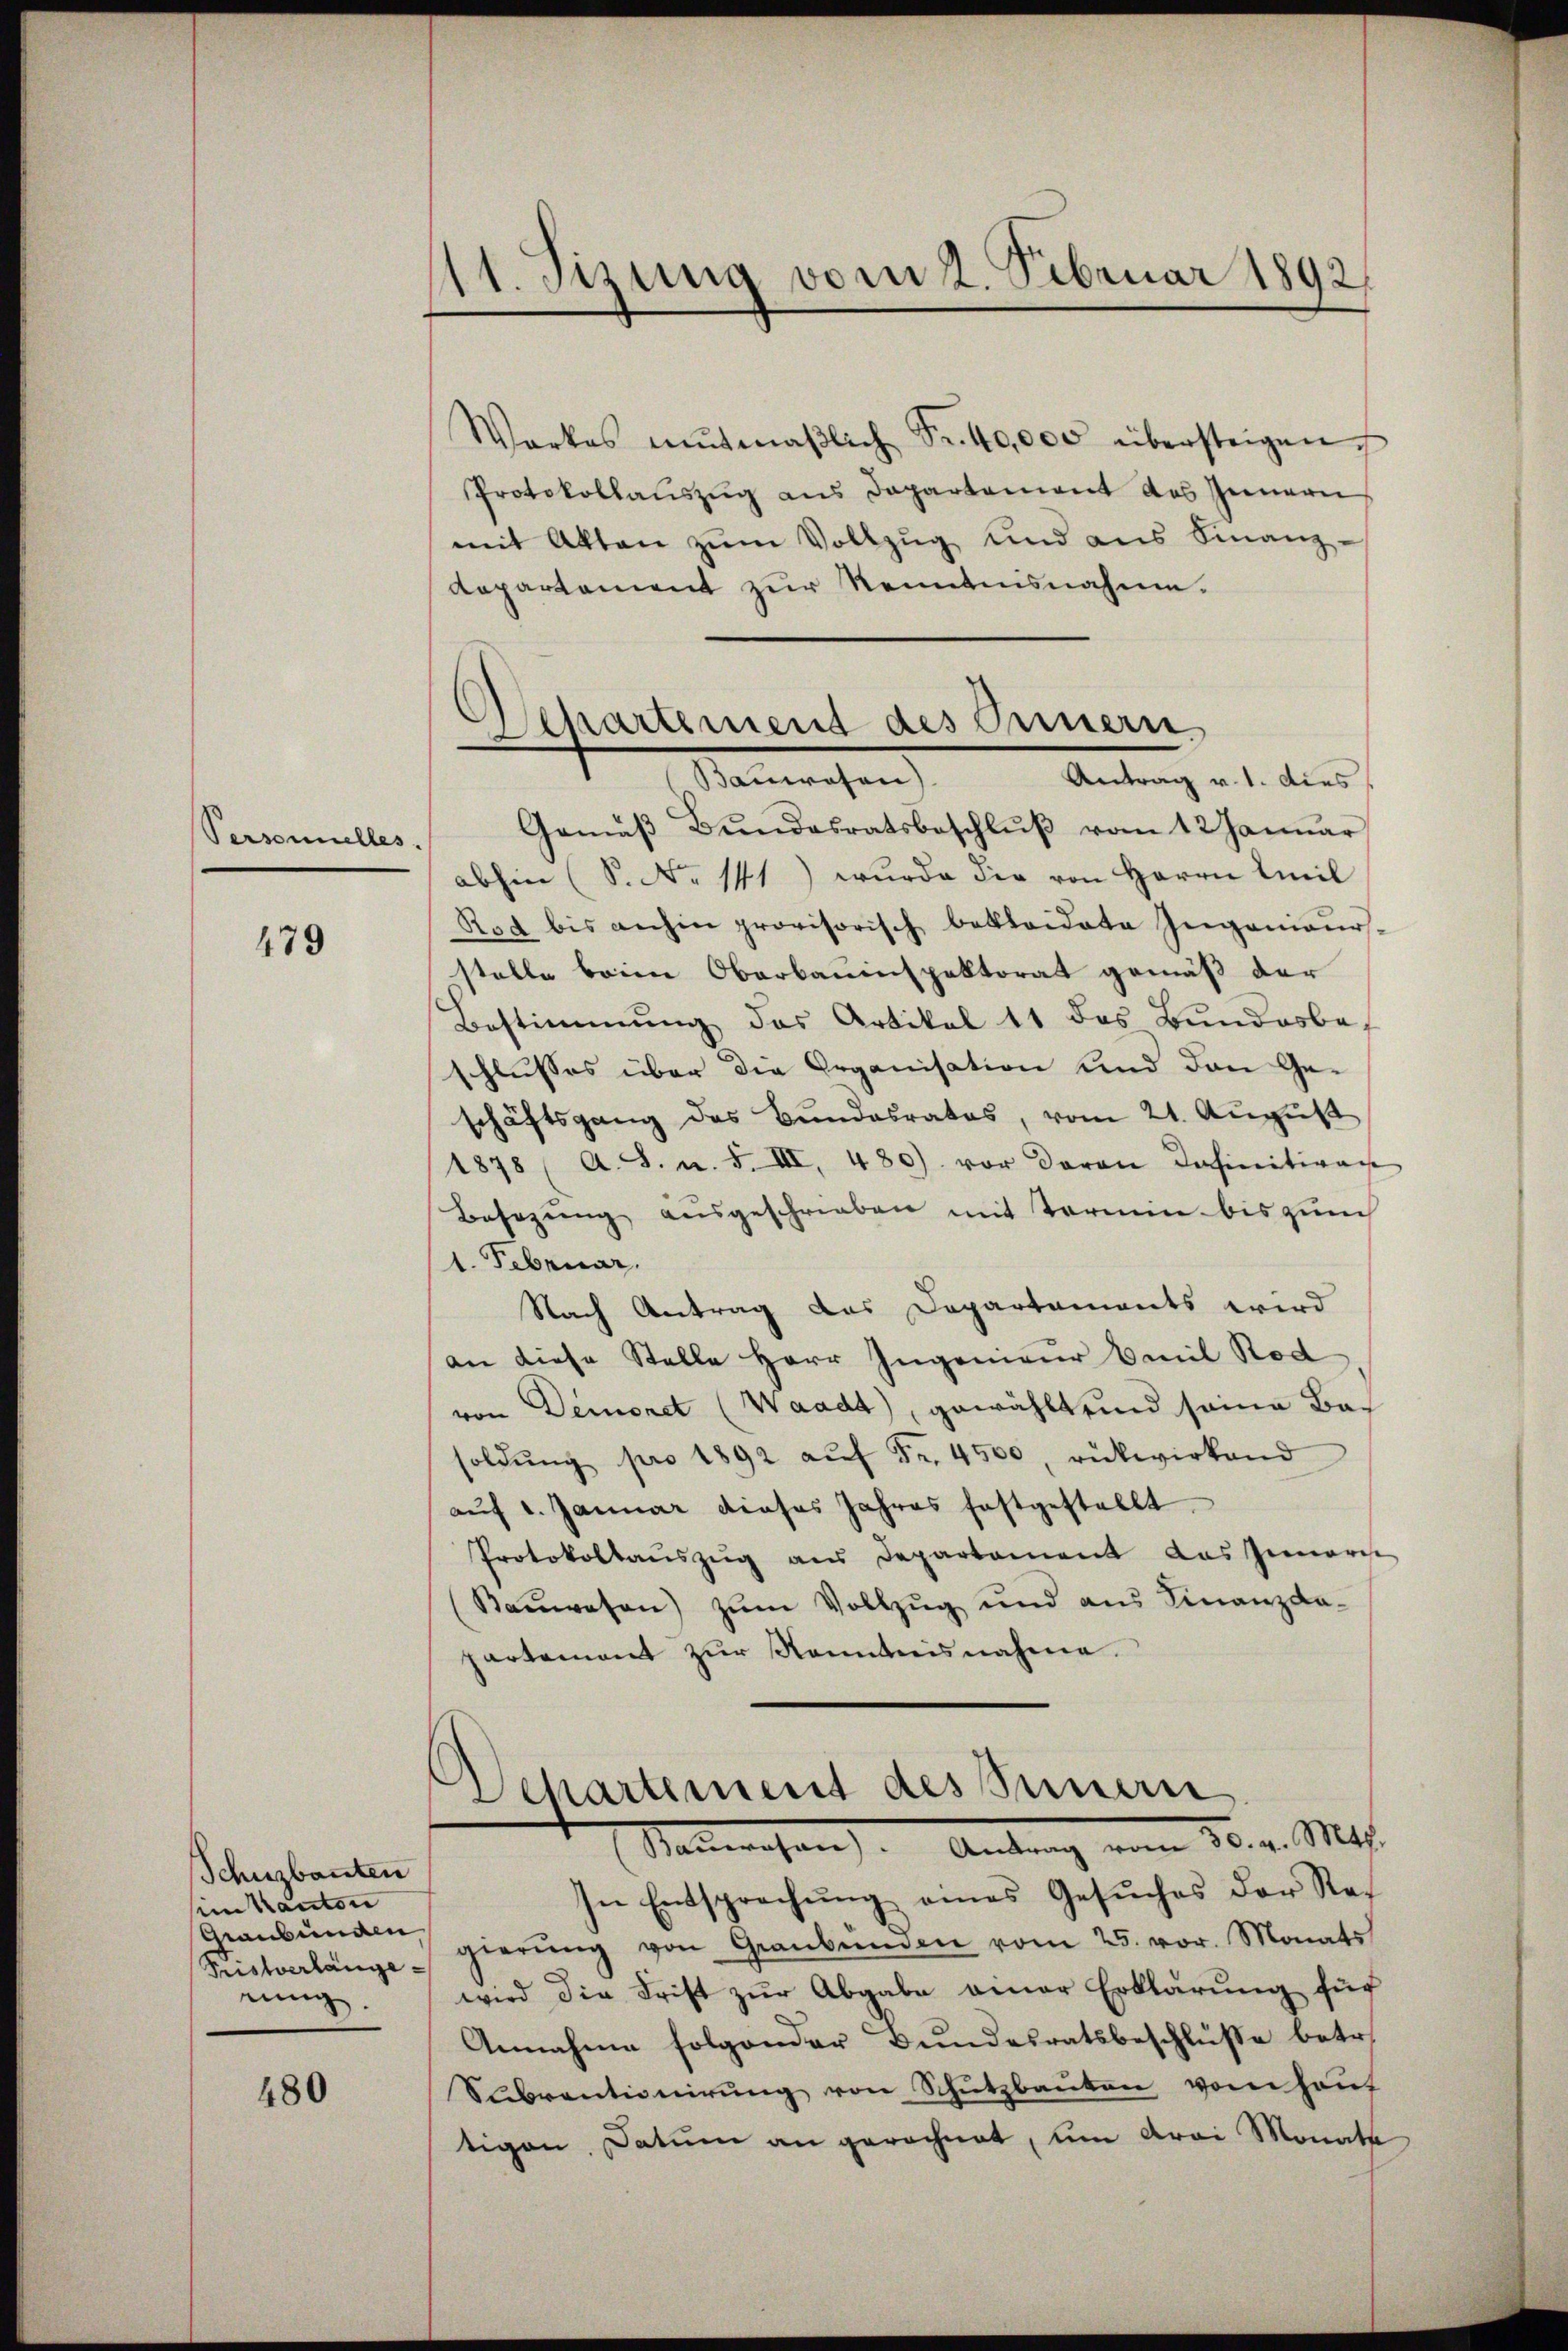
Personnelles.

479

Schuzbanten
sein Kanton
Graubünden
Fristverlange-
einig

480

11. Setzung vom 2. Februar 1892.
“

Warkes mutmaβlich Fr. 40,000 übersteigen
Protokollauszug aus Departement des Innern
mit Akten zŭm Vollzŭg und aus Finanz-
departement zur Kenntnisnahme.
Gemäβ Bŭndesratsbeschlŭβ vom 12 Januar
abhin (S. No 141) wurde die von Herrn Mil
Rod bis anhin provisorisch bekleidete Ingenieurs,
stelle beim Oberbauinspektorat gemäß der
Bestimmung des Artikel 11 das Bundesbeschlusses über die Organisation und den Geschäftsgang des Bundesrates, vom 21. August
1878 (A. S. u. F. III 480) vor daran Definitiven
Besezung ausgeschrieben mit Termin bis zum
1. Februar.
Nach Antrag das Departements wird
an diese Stelle Herr Ingenieur Emil Rod
von Demonet (Waadt, gewählt und seine Basoldŭng pro 1892 aŭf Fr. 4500, rükwirkend
aŭf 1. Januar dieses Jahres festgestellt
Protokollaŭszŭg ans Departement das Innern
Baŭwesen) zŭm Vollzŭg und aŭs Finanzda-
partement zur Kenntnisnahme.

Departement des Innern
Marechen
Antrag v. 1. Dies

Departement des Sanen
Mallwesen. Antrag vom 30. v. Mts.

In Entsprechung eines Gesŭches der Regierŭng von Graubünden vom 25. vor. Monats
wird die Frist zur Abgabe einer Erklärung für
Annahme folgender Bundesratsbeschluße betr.
Subventionirung von Schutzbauten vom Hauf
tigen Datum an gerechnet, um drei Monath